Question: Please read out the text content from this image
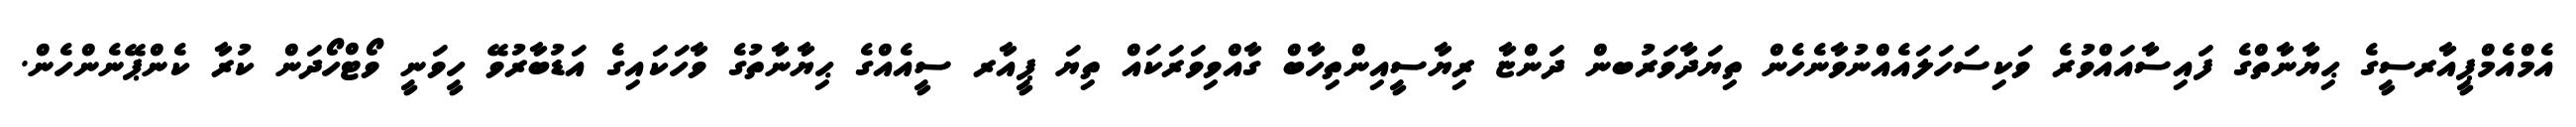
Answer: އެމްއެމްޕީއާރސީގެ ޙިޔާނާތްގެ ފައިސާއައްވުރެ ވަކިސަހަލައެއްނުވާނެހެން ތިޔަދާވަރުބން ދަންޏާ ރިޔާސީއިންތިހާބް ގާއްވިވަރަކައް ތިޔަ ޕީއާރ ސީއެއްގެ ޙިޔާނާތުގެ ވާހަކައިގެ އަޑުބާރުވޭ ހީވަނީ ވޯޓްހޯދަން ކުރާ ކެންޕޭނެންހެން.